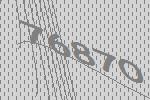
76870